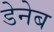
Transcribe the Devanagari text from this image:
डेनेब